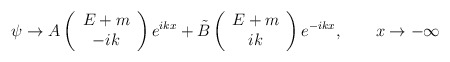
\begin{align*}\psi \to A\left( \begin{array}{c}E+m \\ -ik\end{array}\right) e^{ikx}+\tilde{B}\left( \begin{array}{c}E+m \\ ik\end{array}\right) e^{-ikx},\qquad x\to -\infty \end{align*}